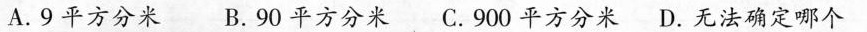
A.9平方分米 B.90平方分米 C.900平方分米 D.无法确定哪个